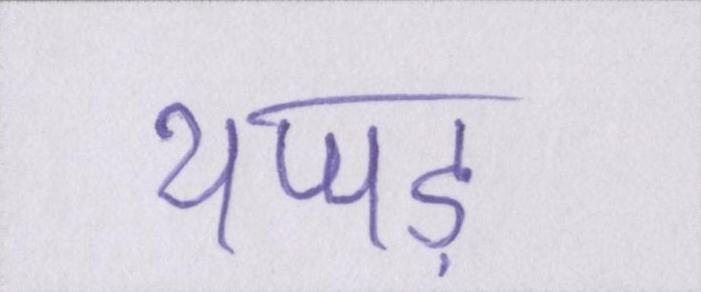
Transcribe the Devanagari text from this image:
थप्पड़